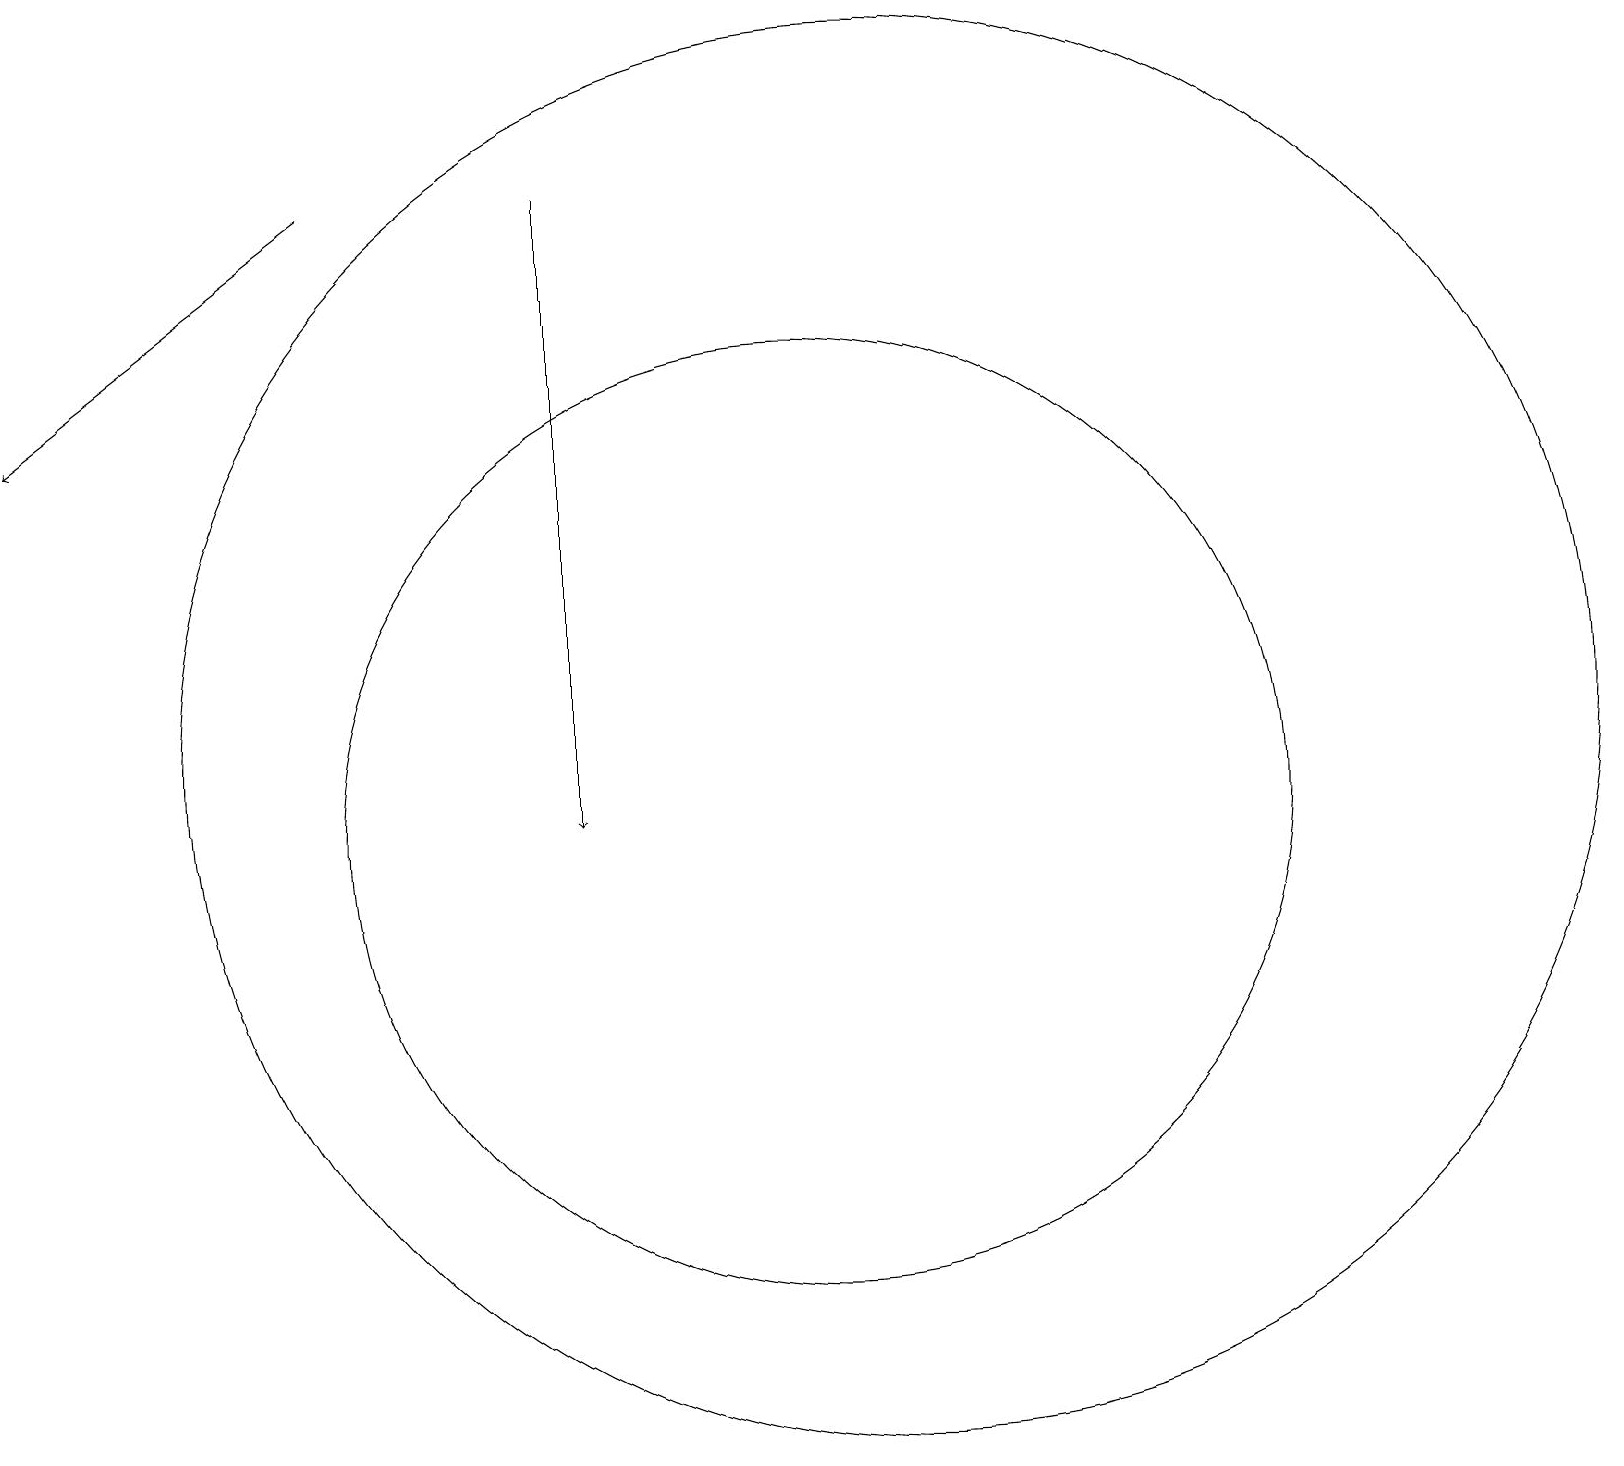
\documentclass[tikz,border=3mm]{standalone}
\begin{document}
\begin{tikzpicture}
\draw (11,11) circle (6);
\draw[->] (5,19) -- (1,16);
\draw[->] (8,16) -- (8,11);
\draw (12,12) circle (9);
\draw (8,12) rectangle (8,19);
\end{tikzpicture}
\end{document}